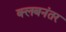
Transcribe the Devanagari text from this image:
क्लबनंतर